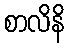
စာလိနိ